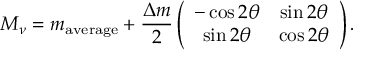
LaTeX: M _ { \nu } = m _ { \mathrm { a v e r a g e } } + \frac { \Delta m } { 2 } \left( \begin{array} { c c } { { - \cos 2 \theta } } & { { \sin 2 \theta } } \\ { { \sin 2 \theta } } & { { \cos 2 \theta } } \end{array} \right) .